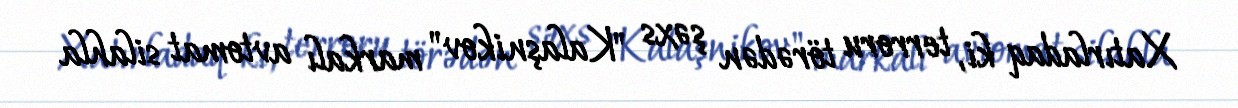
Xatırladaq ki, terroru törədən şəxs "Kalaşnikov" markalı avtomat silahla